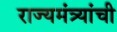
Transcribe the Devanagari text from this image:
राज्यमंत्र्यांची